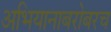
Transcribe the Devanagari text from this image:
अभियानाबरोबरच